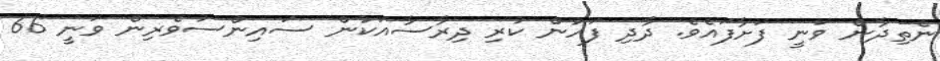
ނެތިދާން ވަނީ ފަށާފައެވެ. ދާދި ފަހުން ކުރި ދިރާސާއަކުން ސައިންސުވެރިން ވަނީ 66